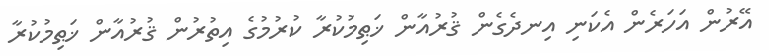
އޭރުން އަހަރެން އެކަނި އިނދެގެން ޤުރުއާން ޚަޠިމުކުރާ ކުރުމުގެ އިތުރުން ޤުރުއާން ޚަޠިމުކުރާ